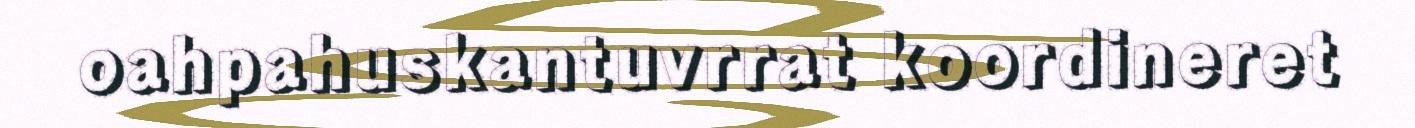
oahpahuskantuvrrat koordineret